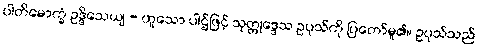
ပါတိမောက္ခံ ဥဒ္ဒိသေယျ - ဟူသော ပါဌ်ဖြင့် သုတ္တုဒ္ဒေသ ဥပုသ်ကို ပြတော်မူ၏။ ဥပုသ်သည်